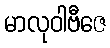
မာလုဝါဗီဇေ